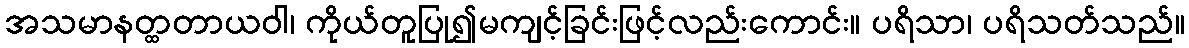
အသမာနတ္ထတာယဝါ၊ ကိုယ်တူပြု၍မကျင့်ခြင်းဖြင့်လည်းကောင်း။ ပရိသာ၊ ပရိသတ်သည်။